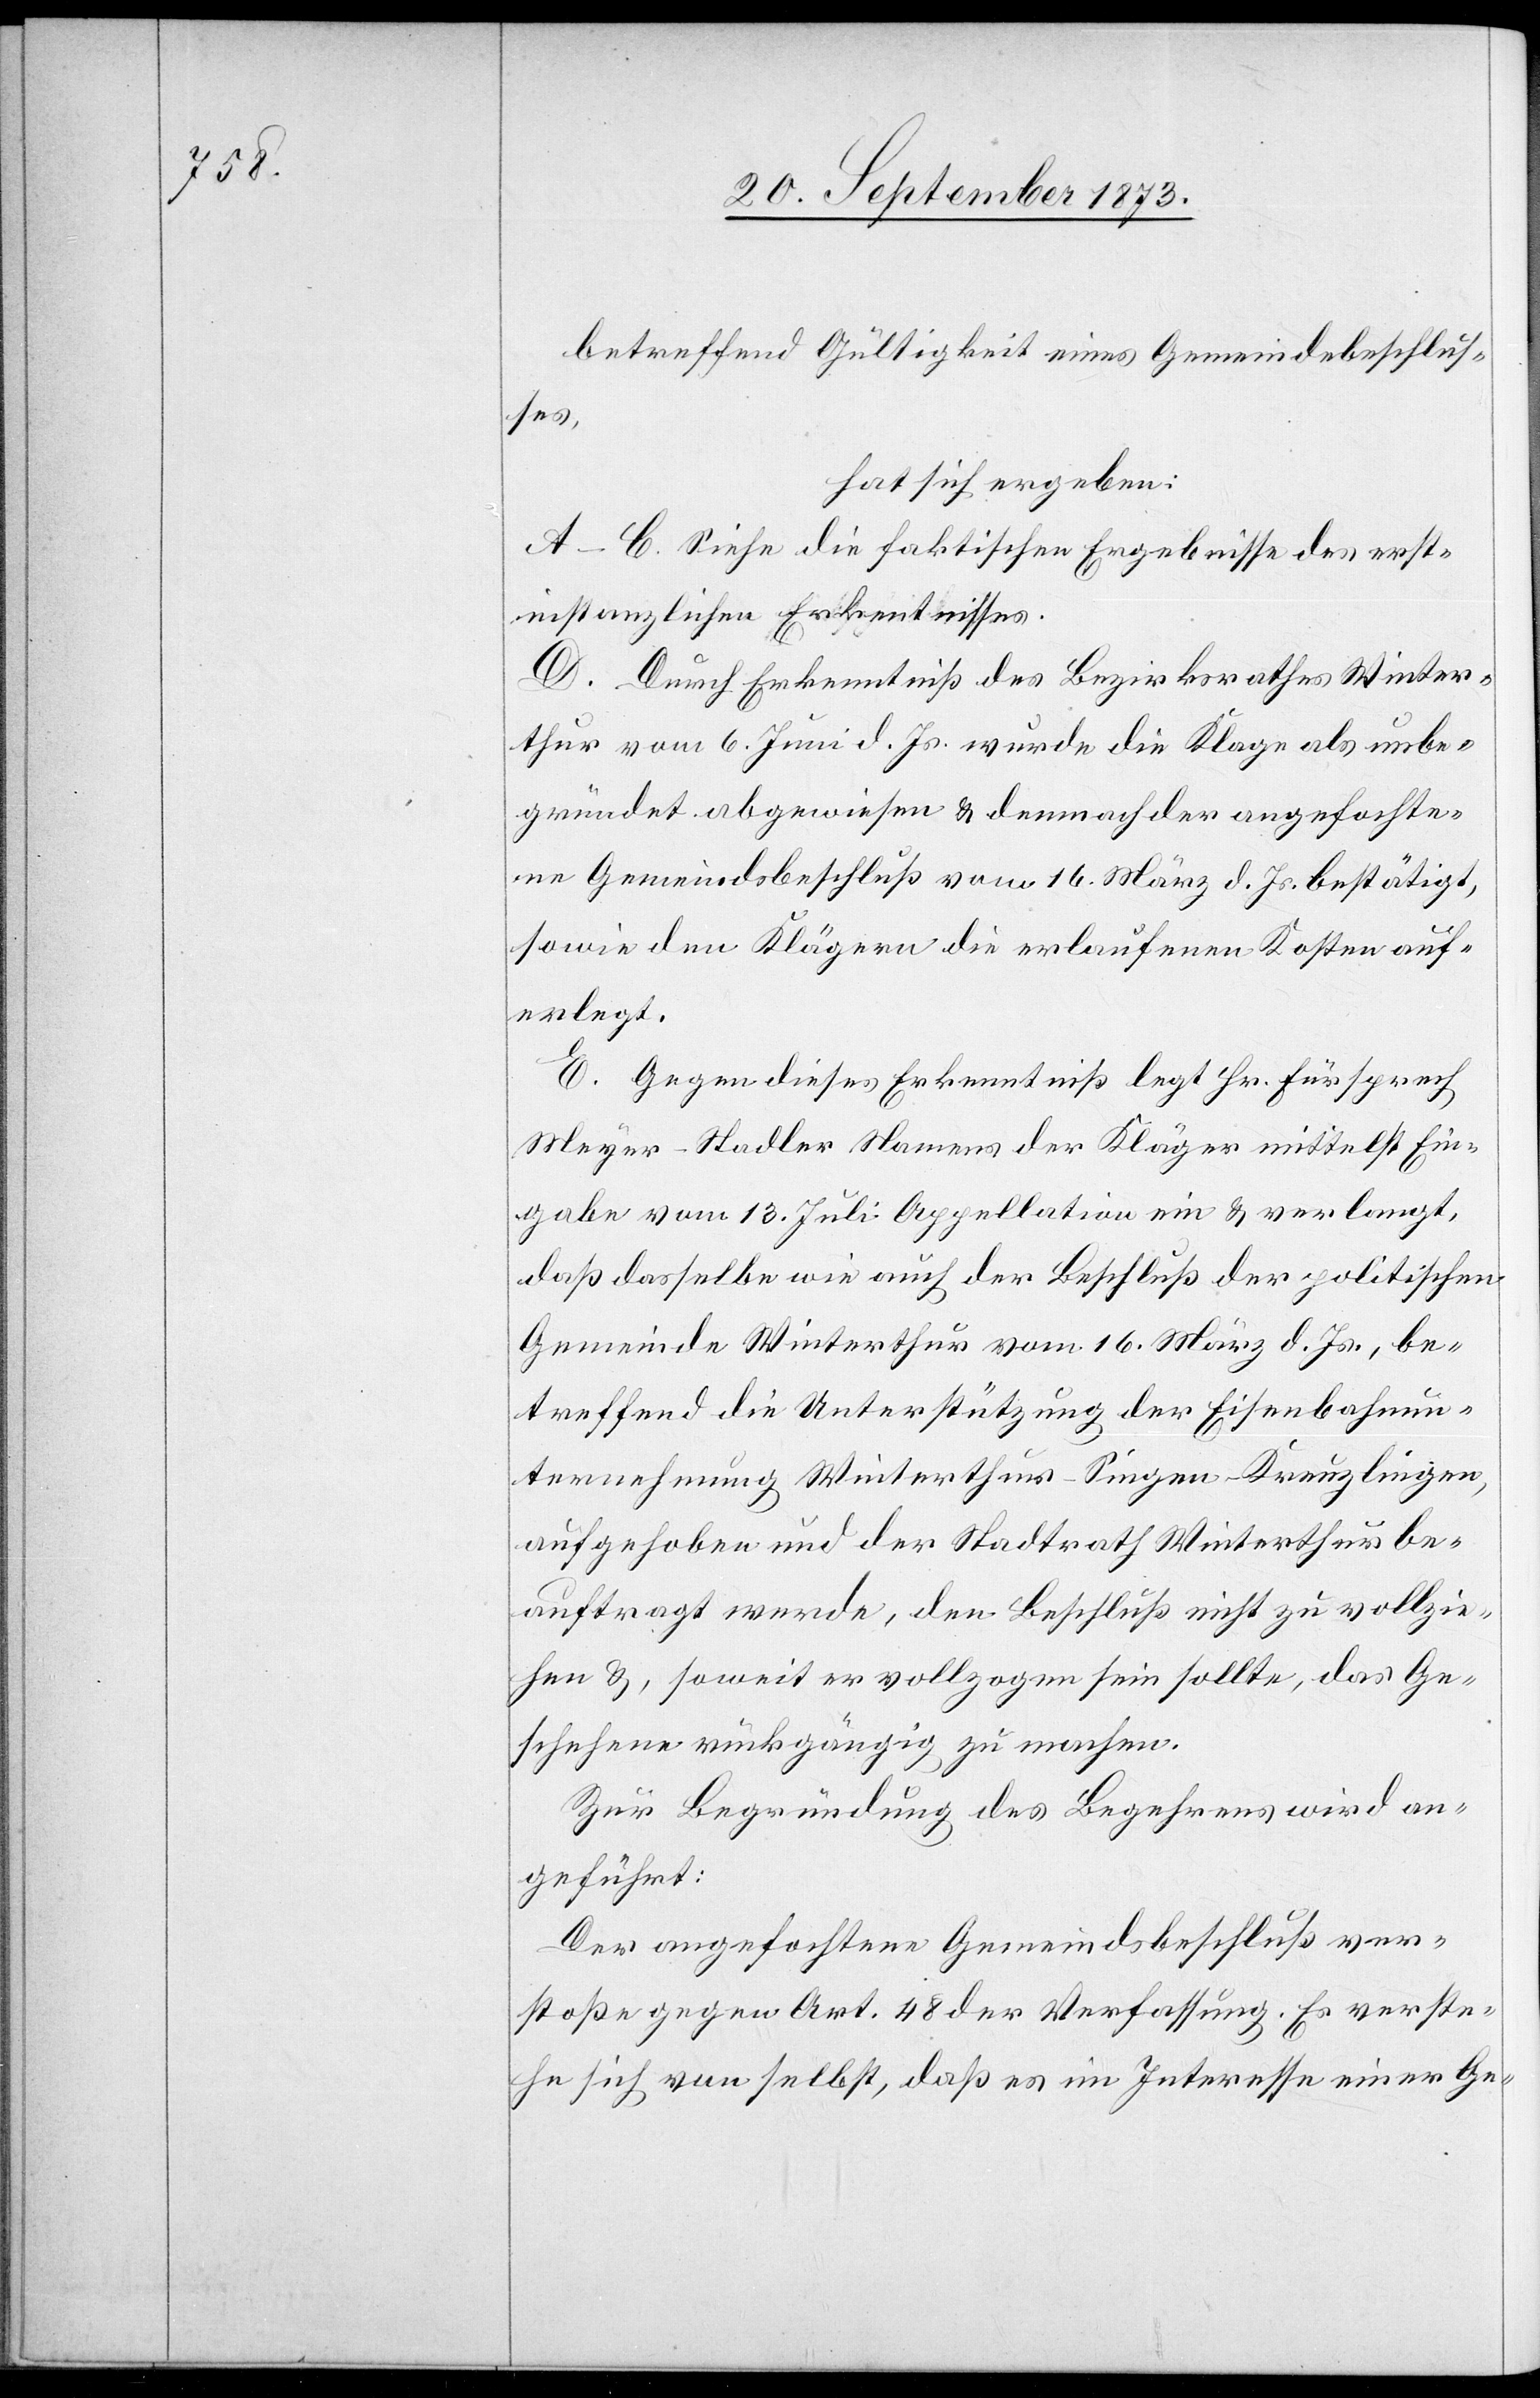
betreffend Gültigkeit eines Gemeindebeschlus¬
ses,
hat sich ergeben:
A–C. Siehe die faktischen Ergebnisse des erst¬
instanzlichen Erken[n]tnisses.
D. Durch Erkenntniß des Bezirksrathes Winter¬
thur vom 6. Juni d. Js. wurde die Klage als unbe¬
gründet abgewiesen & demnach der angefochte¬
ne Gemeindsbeschluß vom 16. März d. Js. bestätigt,
sowie den Klägern die erlaufenen Kosten auf¬
erlegt.
E. Gegen dieses Erkenntniß legt Hr. Fürsprech
Meyer-Stadler Namens der Kläger mittelst Ein¬
gabe vom 13. Juli Appellation ein & verlangt,
daß dasselbe wie auch der Beschluß der politischen
Gemeinde Winterthur vom 16. März d. Js., be¬
treffend die Unterstützung der Eisenbahnun¬
ternehmung Winterthur–Singen–Kreuzlingen,
aufgehoben und der Stadtrath Winterthur be¬
auftragt werde, den Beschluß nicht zu vollzie¬
hen &, soweit er vollzogen sein sollte, das Ge¬
schehene rückgängig zu machen.
Zur Begründung des Begehrens wird an¬
geführt:
Der angefochtene Gemeindsbeschluß ver¬
stoße gegen Art. 48 der Verfassung. Es verste¬
he sich von selbst, daß es im Interesse einer Ge-